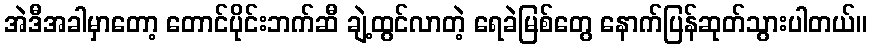
အဲဒီအခါမှာတော့ တောင်ပိုင်းဘက်ဆီ ချဲ့ထွင်လာတဲ့ ရေခဲမြစ်တွေ နောက်ပြန်ဆုတ်သွားပါတယ်။